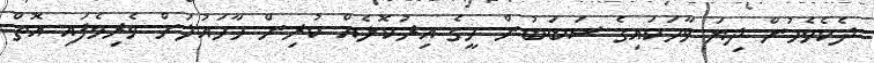
ދެކެވެމުން ދިޔަ ވާހަކައިގެ ސަބަބުން މީގެ އިރުކޮޅެއް ކުރިން މާހައުލަށް ވެރިވެފައި އޮތް